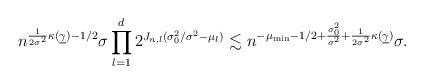
LaTeX: \begin{align*}n^{\frac{1}{2\sigma^2}\kappa(\underline{\gamma})-1/2}\sigma\prod_{l=1}^d2^{J_{n,l}(\sigma_0^2/\sigma^2-\mu_l)}\lesssim n^{-\mu_{\mathrm{min}}-1/2+\frac{\sigma_0^2}{\sigma^2}+\frac{1}{2\sigma^2}\kappa(\underline{\gamma})}\sigma.\end{align*}